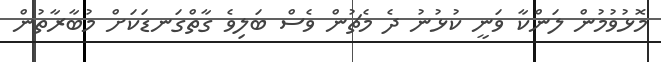
މޮޅުވުމުން ލަންކާ ވަނީ ކުޅުނު ދެ މެޗުން ވެސް ބަލިވެ ގާތްގަނޑަކަށް މުބާރާތުން